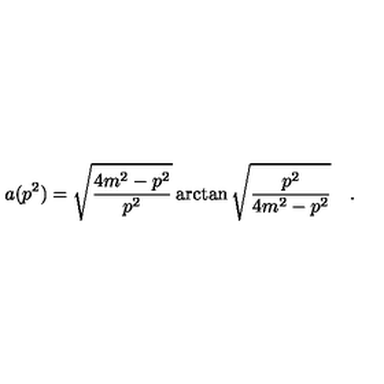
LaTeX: a ( p ^ { 2 } ) = \sqrt { \frac { 4 m ^ { 2 } - p ^ { 2 } } { p ^ { 2 } } } \arctan \sqrt { \frac { p ^ { 2 } } { 4 m ^ { 2 } - p ^ { 2 } } } \quad .